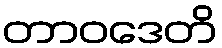
တာဝဒေတိ